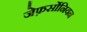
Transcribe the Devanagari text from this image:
जेफ़र्सोनियन